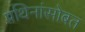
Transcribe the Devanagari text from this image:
प्रथिनांसोबत